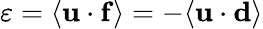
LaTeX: \varepsilon=\langle{\mathbf u}\cdot{\mathbf f}\rangle=-\langle{\mathbf u}\cdot{\mathbf d}\rangle